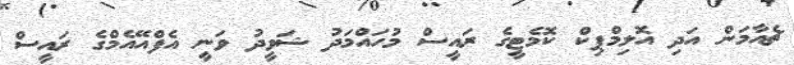
ޗެއާމަން އަދި އޮލިމްޕިކް ކޮމެޓީގެ ރައީސް މުހައްމަދު ޝަވީދު ވަނީ އެފްއޭއެމްގެ ރައީސް